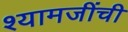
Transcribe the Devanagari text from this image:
श्यामजींची